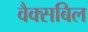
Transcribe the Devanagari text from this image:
वैक्सबिल